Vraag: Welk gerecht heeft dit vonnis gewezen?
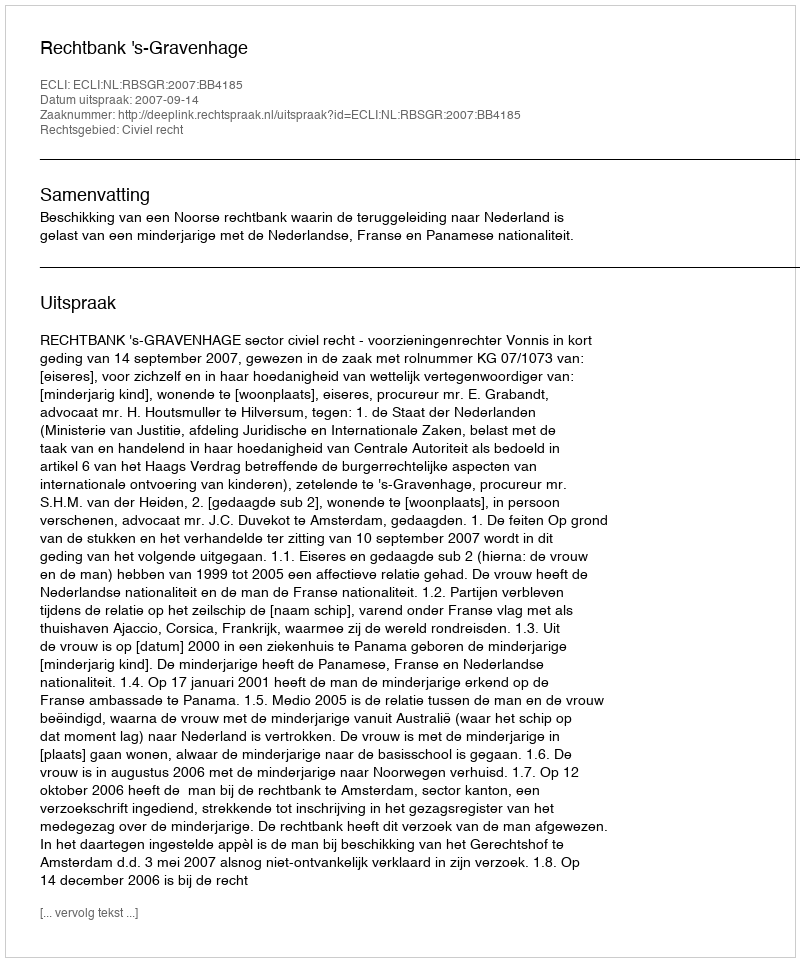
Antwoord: Rechtbank 's-Gravenhage